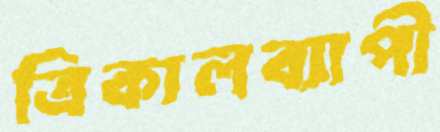
ত্রিকালব্যাপী